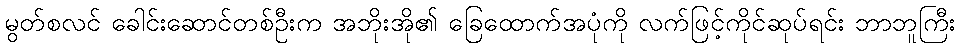
မွတ်စလင် ခေါင်းဆောင်တစ်ဦးက အဘိုးအို၏ ခြေထောက်အပုံကို လက်ဖြင့်ကိုင်ဆုပ်ရင်း ဘာဘူကြီး